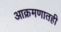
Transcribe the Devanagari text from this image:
आक्रमणातही